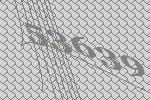
53639